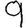
Digit: 9